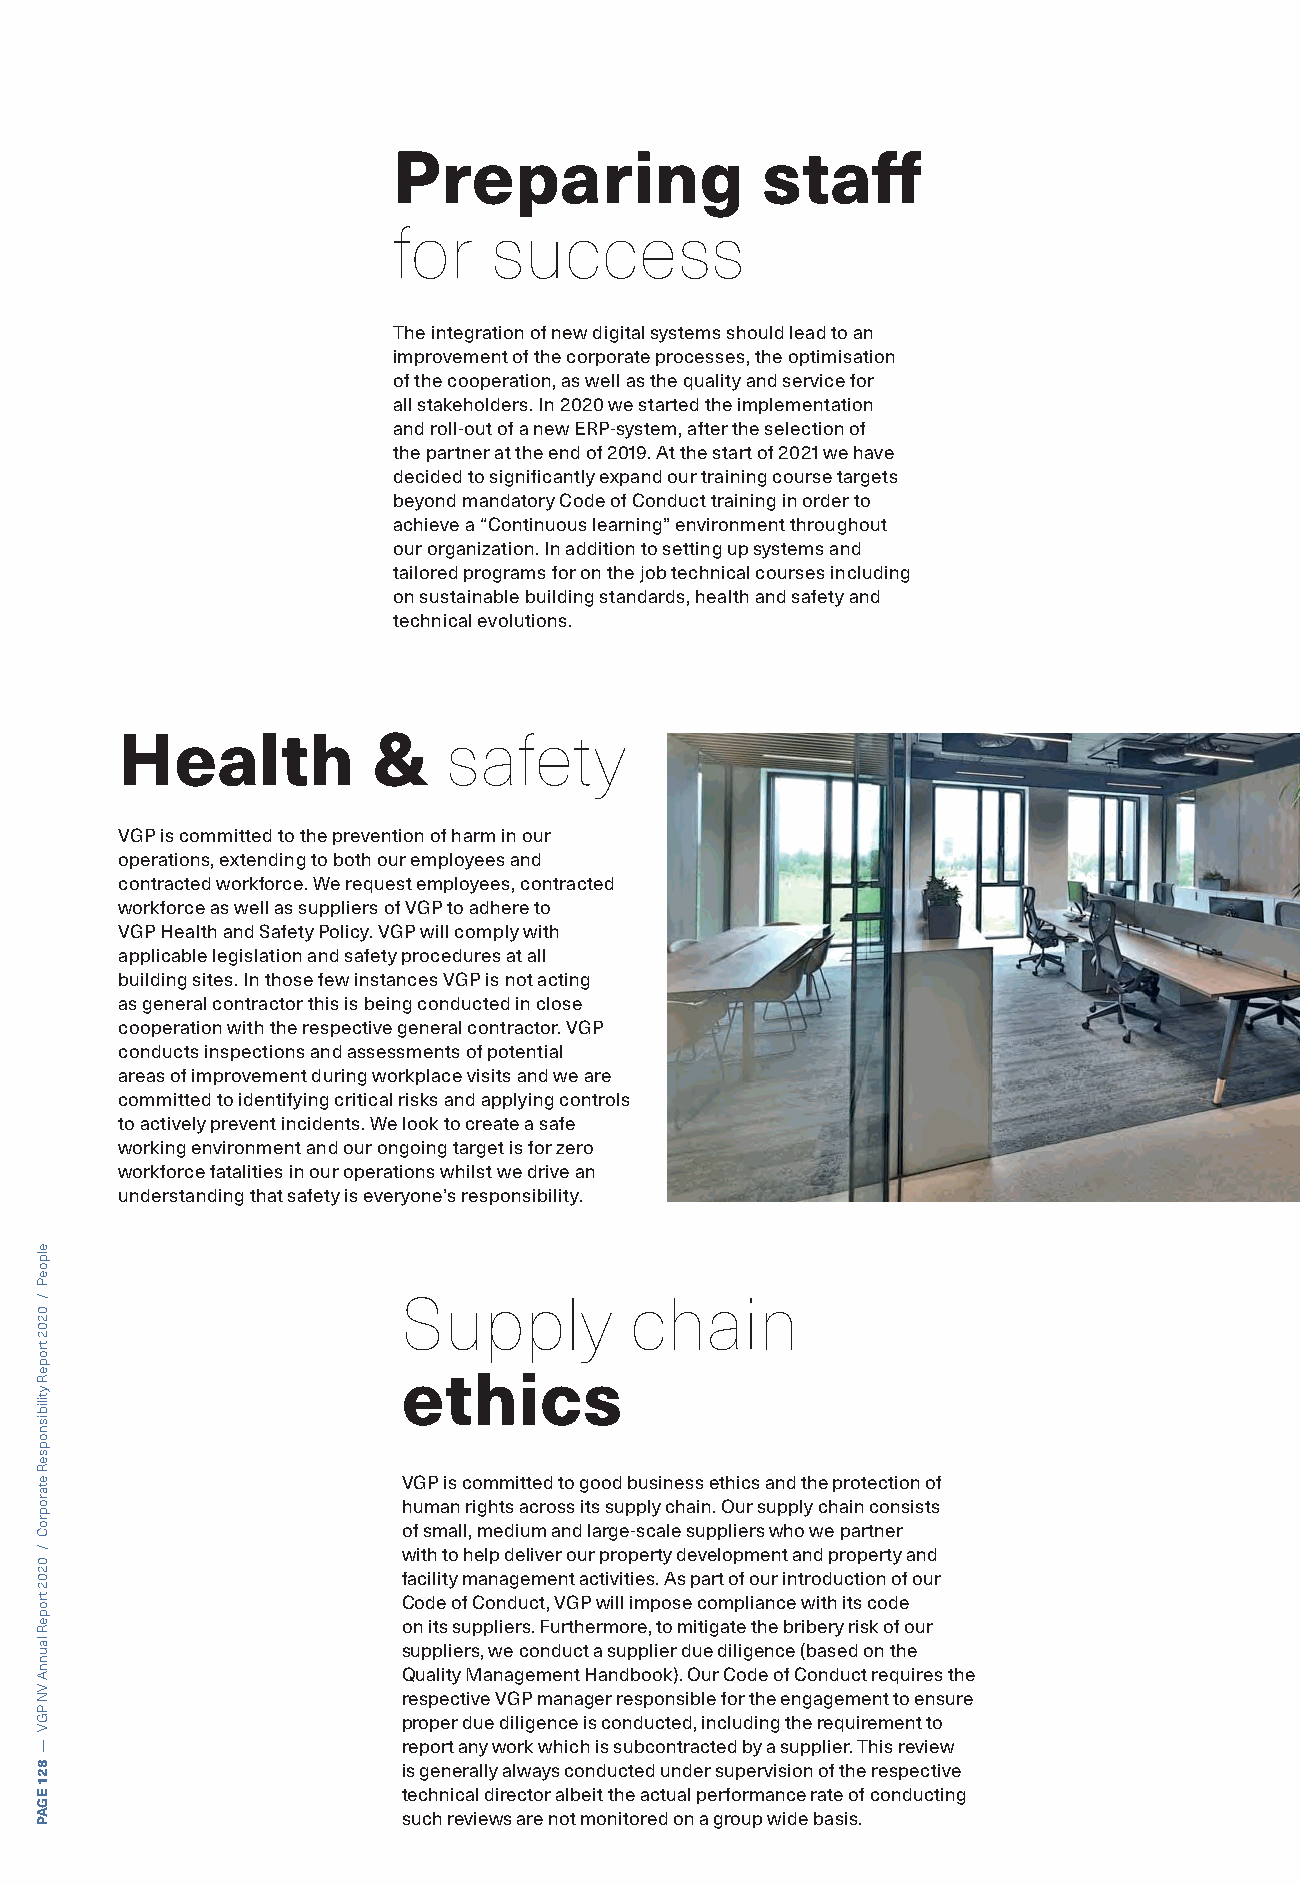
Preparing               staff
 for    success
 The integration of new digital systems should lead to an
 improvement of the corporate processes, the optimisation
 of the cooperation, as well as the quality and service for
 all stakeholders. In 2020 we started the implementation
 and roll-out of a new ERP-system, after the selection of
 the partner at the end of 2019. At the start of 2021 we have
 decided to significantly expand our training course targets
 beyond mandatory Code of Conduct training in order to
 achieve a “Continuous learning” environment throughout
 our organization. In addition to setting up systems and
 tailored programs for on the job technical courses including
 on sustainable building standards, health and safety and
 technical evolutions.
 Health           &    safety
 VGP is committed to the prevention of harm in our
 operations, extending to both our employees and
 contracted workforce. We request employees, contracted
 workforce as well as suppliers of VGP to adhere to
 VGP Health and Safety Policy. VGP will comply with
 applicable legislation and safety procedures at all
 building sites. In those few instances VGP is not acting
 as general contractor this is being conducted in close
 cooperation with the respective general contractor. VGP
 conducts inspections and assessments of potential
 areas of improvement during workplace visits and we are
 committed to identifying critical risks and applying controls
 to actively prevent incidents. We look to create a safe
 working environment and our ongoing target is for zero
 workforce fatalities in our operations whilst we drive an
 understanding that safety is everyone’s responsibility.
 Supply         chain
 ethics
 VGP is committed to good business ethics and the protection of
 human rights across its supply chain. Our supply chain consists
 of small, medium and large-scale suppliers who we partner
 with to help deliver our property development and property and
 facility management activities. As part of our introduction of our
 Code of Conduct, VGP will impose compliance with its code
 on its suppliers. Furthermore, to mitigate the bribery risk of our
 suppliers, we conduct a supplier due diligence (based on the
 Quality Management Handbook). Our Code of Conduct requires the
 respective VGP manager responsible for the engagement to ensure
 proper due diligence is conducted, including the requirement to
 report any work which is subcontracted by a supplier. This review
 is generally always conducted under supervision of the respective
 technical director albeit the actual performance rate of conducting
 such reviews are not monitored on a group wide basis.
 elpoeP
 /
 0202
 tropeR
 ytilibisnopseR
 etaroproC
 /
 0202
 tropeR
 launnA
 VN
 PGV
 —
 821
 EGAP